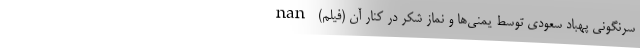
سرنگونی پهباد سعودی توسط یمنی‌ها و نماز شکر در کنار آن (فیلم) nan